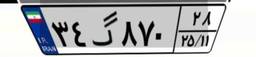
۳۴گ۸۷۰۲۸